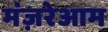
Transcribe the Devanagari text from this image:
मंज़रेआम